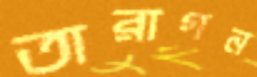
তারাগন